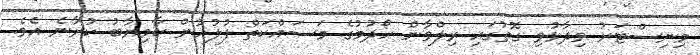
މިނިސްޓަރު ވިދާޅުވި ގޮތުގައި ރިލްވާން ހޯދުމުގެ މަސައްކަތް ފުލުހުން ކާމިޔާބު ކުރާނެ އެވެ.